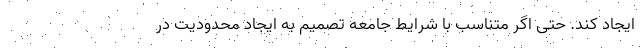
ایجاد کند. حتی اگر متناسب با شرایط جامعه تصمیم به ایجاد محدودیت در